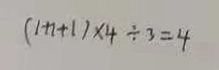
( 1 + 1 + 1 ) \times 4 \div 3 = 4